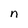
Character: n